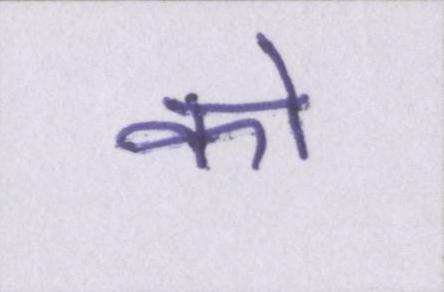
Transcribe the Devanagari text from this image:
को